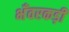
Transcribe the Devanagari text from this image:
भँवरकड़ी